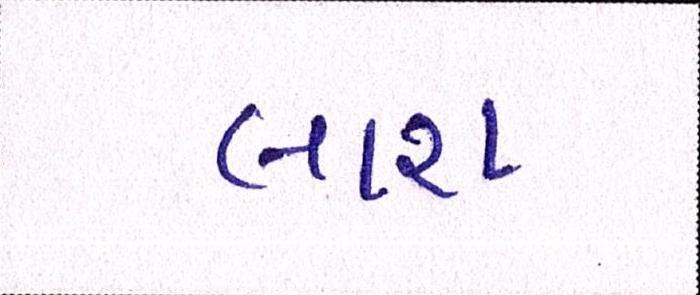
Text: લાશ